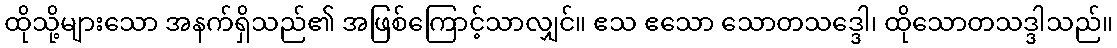
ထိုသို့များသော အနက်ရှိသည်၏ အဖြစ်ကြောင့်သာလျှင်။ ဧသ ဧသော သောတသဒ္ဒေါ၊ ထိုသောတသဒ္ဒါသည်။